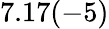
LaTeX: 7.17(-5)